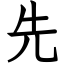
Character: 先